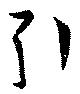
引